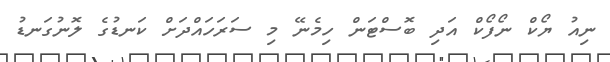
ނިއު ޔޯކް ނޯފޯކް އަދި ބޮސްޓަން ހިމެނޭ މި ސަރަހައްދަށް ކަނޑުގެ ލޮނުގަނޑު